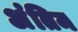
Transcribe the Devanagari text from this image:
अंंतिम